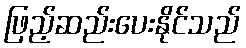
ဖြည့်ဆည်းပေးနိုင်သည်